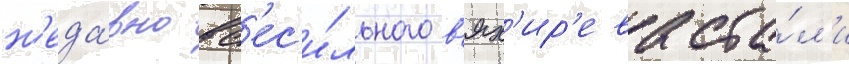
н'еда́вно вс'ес'и́льного в'ях'ир'ева ста́л'и